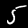
Label: 5